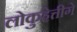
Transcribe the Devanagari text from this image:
लोकुहेत्तीगे